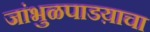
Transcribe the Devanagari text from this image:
जांभुळपाडय़ाचा